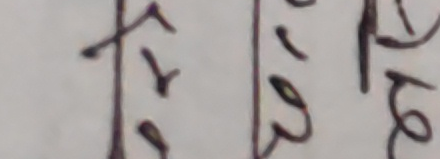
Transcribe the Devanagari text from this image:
तर